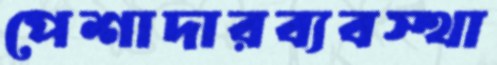
পেশাদারব্যবস্থা